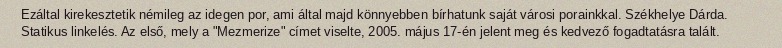
Ezáltal kirekesztetik némileg az idegen por, ami által majd könnyebben bírhatunk saját városi porainkkal. Székhelye Dárda. Statikus linkelés. Az első, mely a "Mezmerize" címet viselte, 2005. május 17-én jelent meg és kedvező fogadtatásra talált.